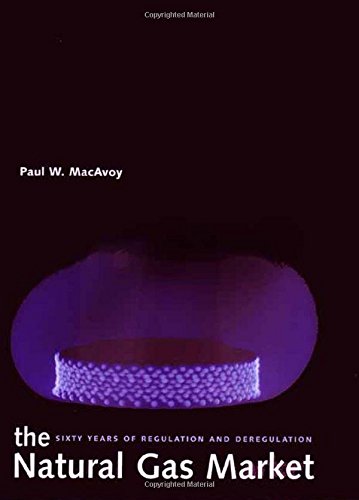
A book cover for The Natural Gas Market: Sixty Years of Regulation and Deregulation; Paul W. MacAvoy; Business & Money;